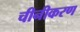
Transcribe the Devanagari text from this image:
चीनीकरण